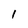
Character: I